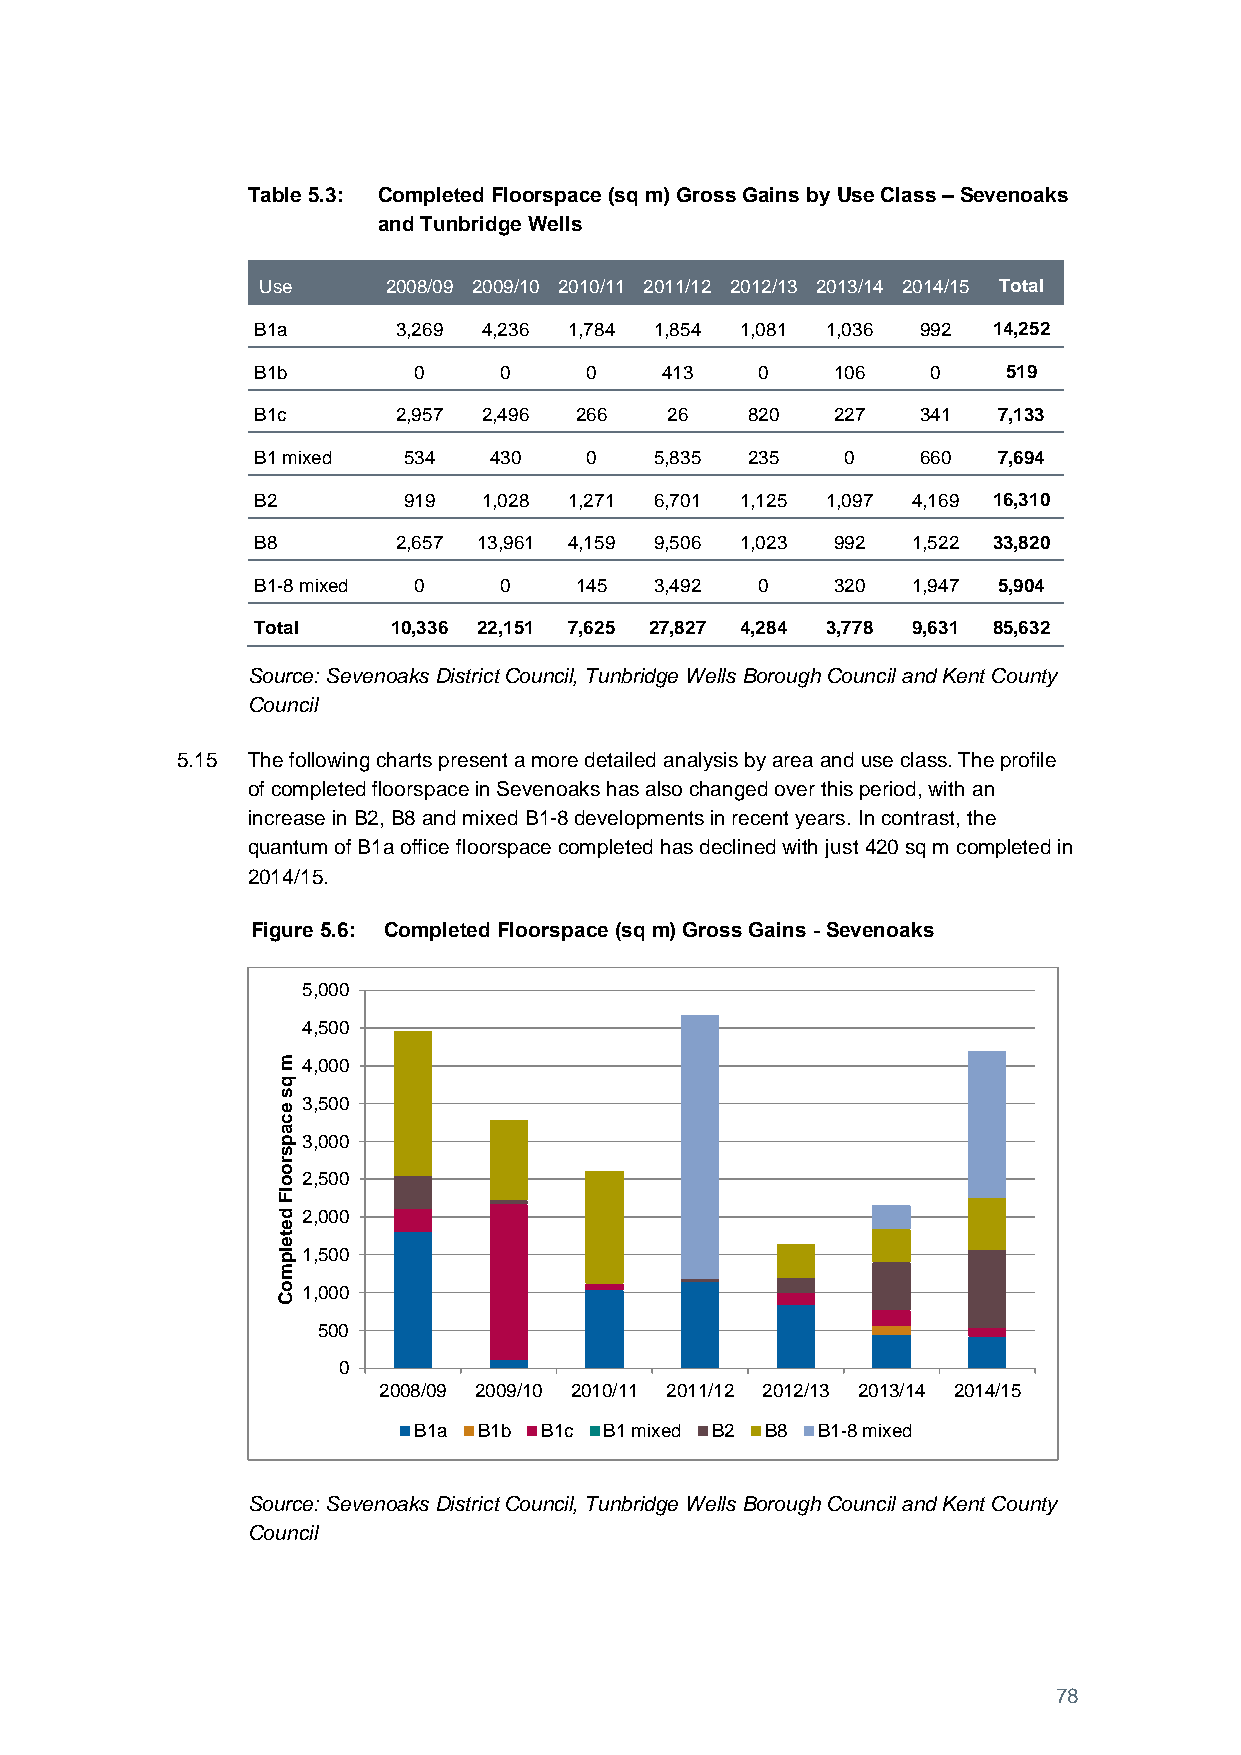
Table 5.3: Completed Floorspace (sq m) Gross Gains by Use Class – Sevenoaks
 and Tunbridge Wells
 Use      2008/09 2009/10 2010/11 2011/12 2012/13 2013/14 2014/15 Total
 B1a      3,269 4,236 1,784 1,854 1,081 1,036 992 14,252
 B1b       0     0     0    413   0    106    0    519
 B1c      2,957 2,496 266   26   820   227   341  7,133
 B1 mixed  534  430    0   5,835 235    0    660  7,694
 B2        919  1,028 1,271 6,701 1,125 1,097 4,169 16,310
 B8       2,657 13,961 4,159 9,506 1,023 992 1,522 33,820
 B1-8 mixed 0    0    145  3,492  0    320  1,947 5,904
 Total    10,336 22,151 7,625 27,827 4,284 3,778 9,631 85,632
 Source: Sevenoaks District Council, Tunbridge Wells Borough Council and Kent County
 Council
 5.15 The following charts present a more detailed analysis by area and use class. The profile
 of completed floorspace in Sevenoaks has also changed over this period, with an
 increase in B2, B8 and mixed B1-8 developments in recent years. In contrast, the
 quantum of B1a office floorspace completed has declined with just 420 sq m completed in
 2014/15.
 Figure 5.6: Completed Floorspace (sq m) Gross Gains - Sevenoaks
 5,000
 4,500
 m 4,000
 q
 s
 e
 3,500
 c
 a
 p 3,000
 s
 r
 o
 o 2,500
 lF
 d 2,000
 e
 t
 e
 lp 1,500
 m
 o 1,000
 C
 500
 0
 2008/09 2009/10 2010/11 2011/12 2012/13 2013/14 2014/15
 B1a  B1b B1c B1 mixed B2 B8 B1-8 mixed
 Source: Sevenoaks District Council, Tunbridge Wells Borough Council and Kent County
 Council
 78